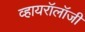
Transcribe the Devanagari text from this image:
व्हायरॉलॉजी